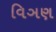
વિઞણ